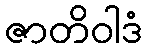
ဇာတိဝါဒံ